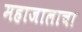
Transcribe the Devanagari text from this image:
महाजालाचा